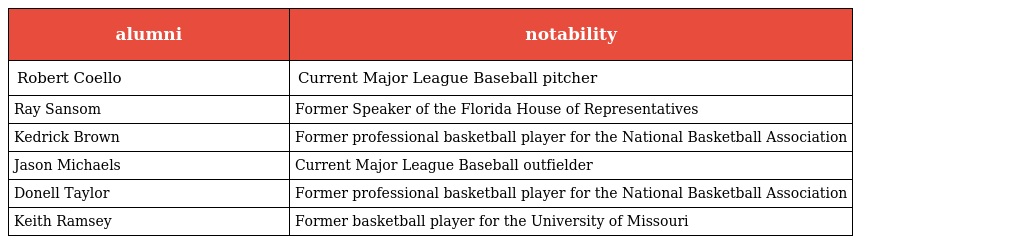
| alumni | notability |
 | --- | --- |
 | Robert Coello | Current Major League Baseball pitcher |
 | Ray Sansom | Former Speaker of the Florida House of Representatives |
 | Kedrick Brown | Former professional basketball player for the National Basketball Association |
 | Jason Michaels | Current Major League Baseball outfielder |
 | Donell Taylor | Former professional basketball player for the National Basketball Association |
 | Keith Ramsey | Former basketball player for the University of Missouri |